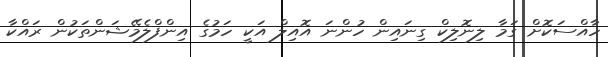
ހާއްސަކޮށް ގަމާ ލިނޮލިކް ގިނައިން ހުންނަ އޮއިލް އަކީ ހަމުގެ އިންފްލެމޭޝަންތަކުން ރައްކާ